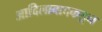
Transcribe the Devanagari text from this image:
आदिलाबादकडून